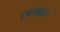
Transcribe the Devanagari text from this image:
एक्जाइल